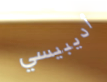
أديبيسي